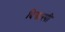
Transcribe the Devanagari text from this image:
दिस्चस्पी